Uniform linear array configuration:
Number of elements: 24
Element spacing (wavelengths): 0.25
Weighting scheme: blackman
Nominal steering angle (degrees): -15
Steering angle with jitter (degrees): -16.377
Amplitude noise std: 0.05
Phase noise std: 0.05

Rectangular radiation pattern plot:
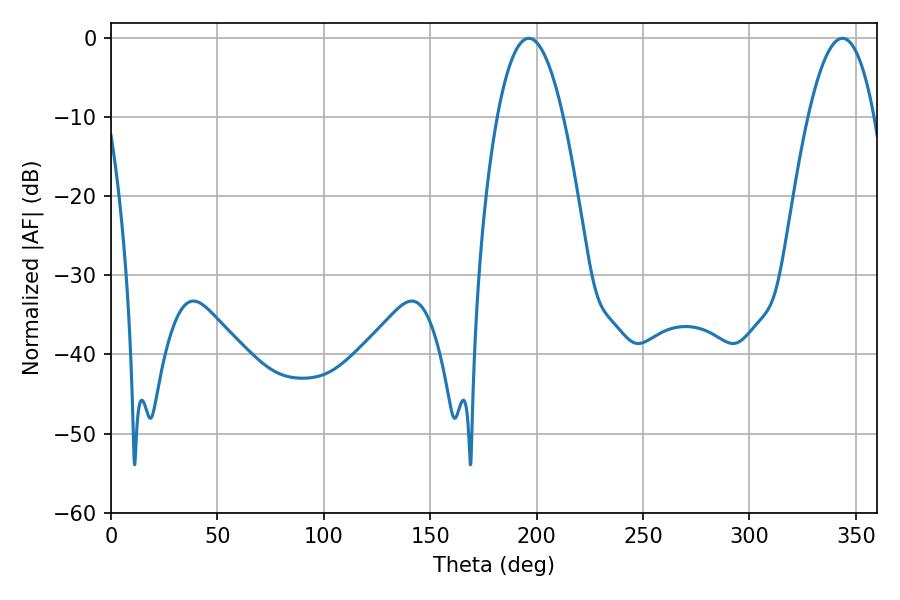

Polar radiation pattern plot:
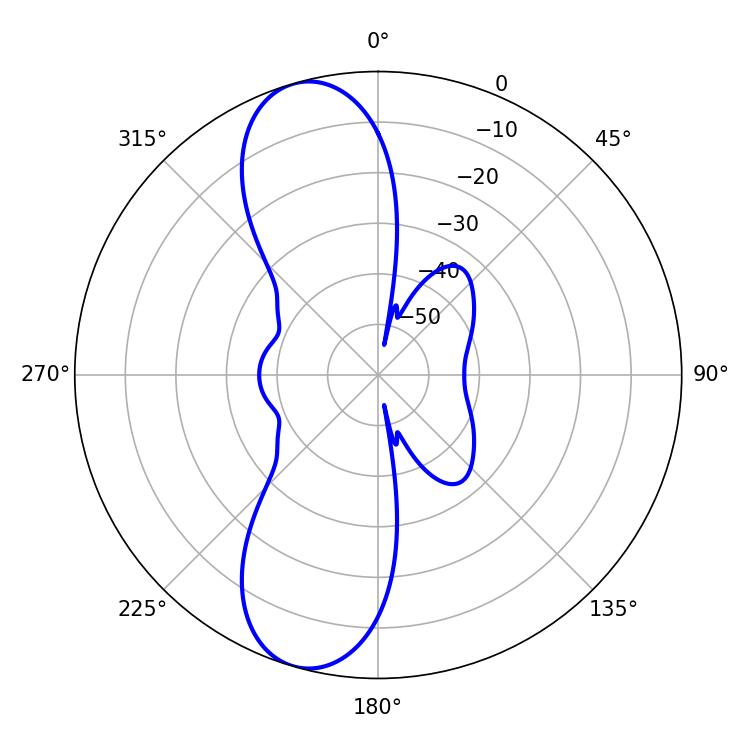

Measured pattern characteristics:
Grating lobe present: FALSE
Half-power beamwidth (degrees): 17.1
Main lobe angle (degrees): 196.38